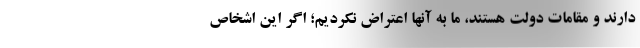
دارند و مقامات دولت هستند، ما به آنها اعتراض نکردیم؛ اگر این اشخاص